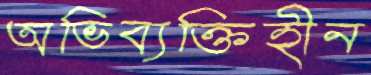
অভিব্যক্তিহীন